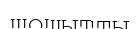
шошытты